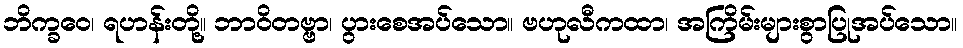
ဘိက္ခဝေ၊ ရဟန်းတို့။ ဘာဝိတဗ္ဗာ၊ ပွားစေအပ်သော။ ဗဟုလီကထာ၊ အကြိမ်းများစွာပြုအပ်သော။